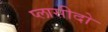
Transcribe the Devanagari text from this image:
प्लासीदो